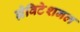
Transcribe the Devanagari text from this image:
ग्रेविटेशनल